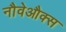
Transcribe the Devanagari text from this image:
नौवेऔक्स